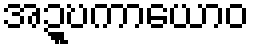
အဍ္ဎကာယောဝ